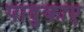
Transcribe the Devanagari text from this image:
पादुकाए